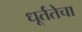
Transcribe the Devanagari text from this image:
धूर्ततेचा